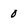
Character: 0